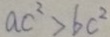
a c ^ { 2 } > b c ^ { 2 }